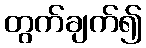
တွက်ချက်၍